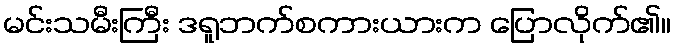
မင်းသမီးကြီး ဒရူဘက်စကားယားက ပြောလိုက်၏။